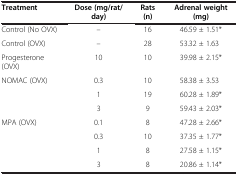
<table><thead><tr><td><b>Treatment</b></td><td><b>Dose (mg/rat/day)</b></td><td><b>Rats (n)</b></td><td><b>Adrenal weight (mg)</b></td></tr></thead><tbody><tr><td>Control (No OVX)</td><td>–</td><td>16</td><td>46.59 ± 1.51*</td></tr><tr><td>Control (OVX)</td><td>–</td><td>28</td><td>53.32 ± 1.63</td></tr><tr><td>Progesterone (OVX)</td><td>10</td><td>10</td><td>39.98 ± 2.15*</td></tr><tr><td rowspan="3">NOMAC (OVX)</td><td>0.3</td><td>10</td><td>58.38 ± 3.53</td></tr><tr><td>1</td><td>19</td><td>60.28 ± 1.89*</td></tr><tr><td>3</td><td>9</td><td>59.43 ± 2.03*</td></tr><tr><td rowspan="4">MPA (OVX)</td><td>0.1</td><td>8</td><td>47.28 ± 2.66*</td></tr><tr><td>0.3</td><td>10</td><td>37.35 ± 1.77*</td></tr><tr><td>1</td><td>8</td><td>27.58 ± 1.15*</td></tr><tr><td>3</td><td>8</td><td>20.86 ± 1.14*</td></tr></tbody></table>